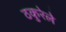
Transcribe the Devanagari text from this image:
ठकुरेले